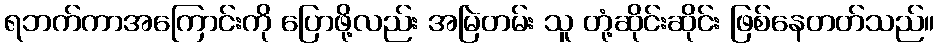
ရဘက်ကာအကြောင်းကို ပြောဖို့လည်း အမြဲတမ်း သူ တုံ့ဆိုင်းဆိုင်း ဖြစ်နေတတ်သည်။